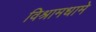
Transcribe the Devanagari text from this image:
विश्रामधामे